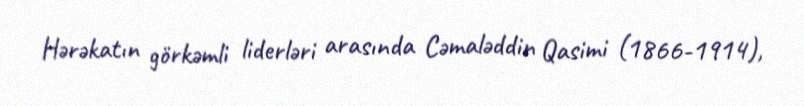
Hərəkatın görkəmli liderləri arasında Cəmaləddin Qasimi (1866-1914),